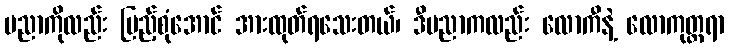
ပညာကိုလည်း ပြည့်စုံအောင် အားထုတ်ရသေးတယ်၊ ဒီပညာကလည်း လောကီနဲ့ လောကုတ္တရာ